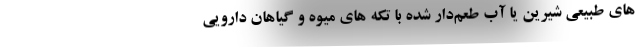
های طبیعی شیرین یا آب طعم‌دار شده با تکه های میوه و گیاهان دارویی